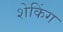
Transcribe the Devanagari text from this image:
शेकिंग